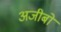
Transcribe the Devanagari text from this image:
अजीबों